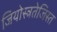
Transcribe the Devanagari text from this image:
जियोस्त्रतेजिस्त